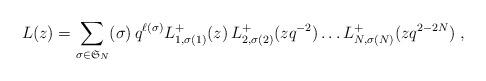
LaTeX: \begin{align*}\,L(z) = \sum_{\sigma \in \mathfrak{S}_N} (\sigma) \, q^{\ell(\sigma)} L^{+}_{1,\sigma(1)}(z) \, L^{+}_{2,\sigma(2)}(zq^{-2}) \dots L^{+}_{N,\sigma(N)}(zq^{2-2N}) \;,\end{align*}